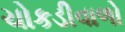
ચોકડીવાળો